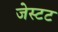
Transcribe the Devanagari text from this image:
जेस्टट